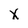
Character: X